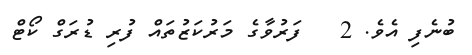
ބުނެފި އެވެ. 2   ފަރުވާގެ މަރުކަޒުތައް ފުރި ޑުރަގް ކޯޓް